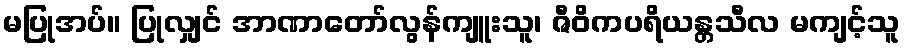
မပြုအပ်။ ပြုလျှင် အာဏာတော်လွန်ကျူးသူ၊ ဇီဝိကပရိယန္တသီလ မကျင့်သူ